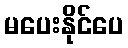
မပေးနိုင်ပေ